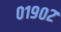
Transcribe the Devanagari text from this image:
०१९०२